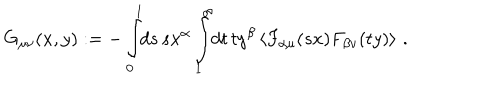
G _ { \mu \nu } ( x , y ) : = - \int _ { 0 } ^ { 1 } \! \! d s \, s x ^ { \alpha } \int _ { 1 } ^ { \infty } \! \! d t \, t y ^ { \beta } \left\langle F _ { \alpha \mu } ( s x ) F _ { \beta \nu } ( t y ) \right\rangle \, .